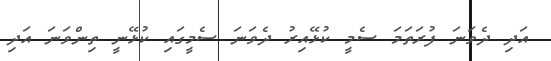
އަދި ދެވަނަ ފުރަތަމަ ސެމީ ކުޅޭއިރު ދެވަނަ ސެމީގައި ކުޅޭނީ ތިންވަނަ އަދި